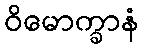
ဝိမောက္ခာနံ